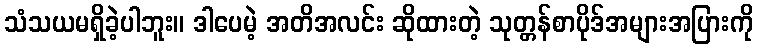
သံသယမရှိခဲ့ပါဘူး။ ဒါပေမဲ့ အတိအလင်း ဆိုထားတဲ့ သုတ္တန်စာပိုဒ်အများအပြားကို